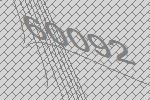
60092